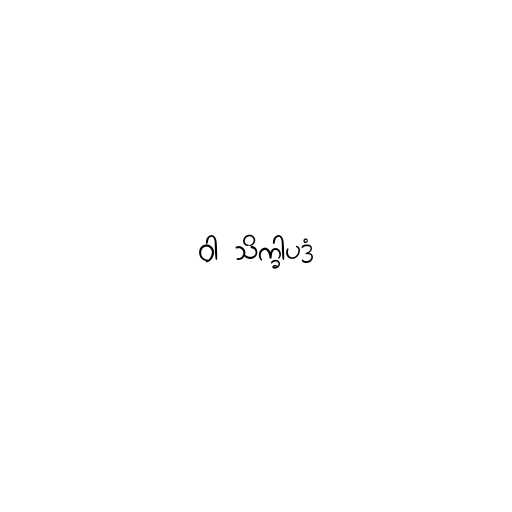
ဝါ သိက္ခါပဒံ